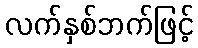
လက်နှစ်ဘက်ဖြင့်